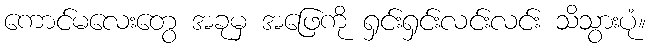
ကောင်မလေးတွေ အခုမှ အဖြေကို ရှင်းရှင်းလင်းလင်း သိသွားပုံ။